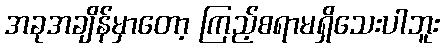
အခုအချိန်မှာတော့ ကြည့်စရာမရှိသေးပါဘူး